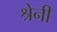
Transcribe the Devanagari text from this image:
श्रेनी